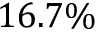
1 6 . 7 \%